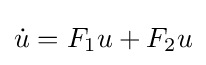
{\dot {u}}=F_{1}u+F_{2}u